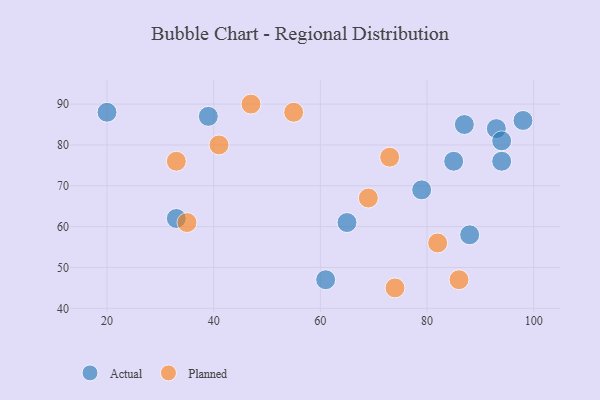
{"axis": {"x": "GDP", "y": "Life Expectancy"}, "legend": ["Actual", "Planned"], "data": [{"x": "20", "y": 88, "type": "Actual"}, {"x": "93", "y": 84, "type": "Actual"}, {"x": "65", "y": 61, "type": "Actual"}, {"x": "94", "y": 76, "type": "Actual"}, {"x": "87", "y": 85, "type": "Actual"}, {"x": "88", "y": 58, "type": "Actual"}, {"x": "33", "y": 62, "type": "Actual"}, {"x": "85", "y": 76, "type": "Actual"}, {"x": "39", "y": 87, "type": "Actual"}, {"x": "94", "y": 81, "type": "Actual"}, {"x": "98", "y": 86, "type": "Actual"}, {"x": "61", "y": 47, "type": "Actual"}, {"x": "79", "y": 69, "type": "Actual"}, {"x": "47", "y": 90, "type": "Planned"}, {"x": "74", "y": 45, "type": "Planned"}, {"x": "55", "y": 88, "type": "Planned"}, {"x": "86", "y": 47, "type": "Planned"}, {"x": "82", "y": 56, "type": "Planned"}, {"x": "35", "y": 61, "type": "Planned"}, {"x": "69", "y": 67, "type": "Planned"}, {"x": "73", "y": 77, "type": "Planned"}, {"x": "33", "y": 76, "type": "Planned"}, {"x": "41", "y": 80, "type": "Planned"}]}